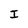
Character: I